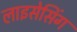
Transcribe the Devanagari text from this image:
लाइसेसिंग